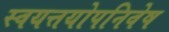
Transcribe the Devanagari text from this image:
स्वयत्तयोपनिवेष